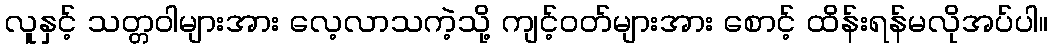
လူနှင့် သတ္တဝါများအား လေ့လာသကဲ့သို့ ကျင့်ဝတ်များအား စောင့် ထိန်းရန်မလိုအပ်ပါ။